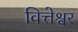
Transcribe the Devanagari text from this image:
वित्तेश्वर